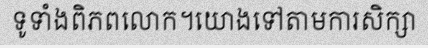
ទូទាំងពិភពលោក។យោងទៅតាមការសិក្សា